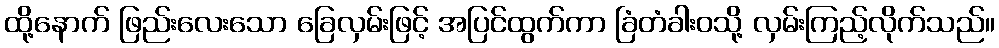
ထို့နောက် ဖြည်းလေးသော ခြေလှမ်းဖြင့် အပြင်ထွက်ကာ ခြံတံခါးဝသို့ လှမ်းကြည့်လိုက်သည်။